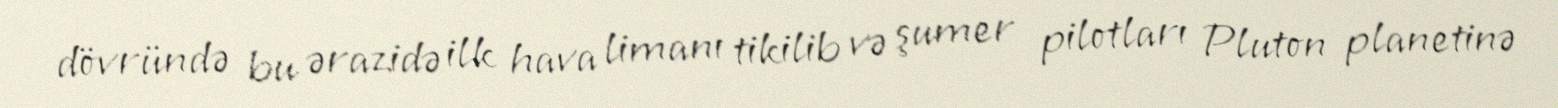
dövründə bu ərazidə ilk hava limanı tikilib və şumer pilotları Pluton planetinə